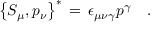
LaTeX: \left\{ S _ { \mu } , p _ { \nu } \right\} ^ { \ast } \, = \, \epsilon _ { \mu \nu \gamma } p ^ { \gamma } \quad .